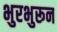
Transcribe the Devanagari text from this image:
भुरभुरून